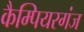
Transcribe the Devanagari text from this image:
कैम्पियरगंज